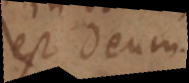
est Deum